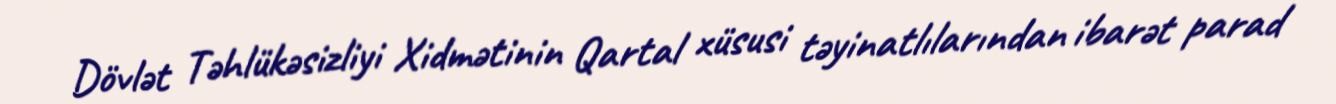
Dövlət Təhlükəsizliyi Xidmətinin Qartal xüsusi təyinatlılarından ibarət parad